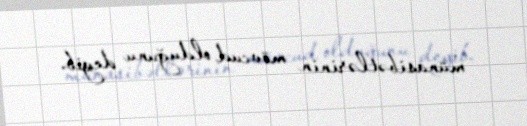
münasibətlərinin mövcud olduğunu deyib.